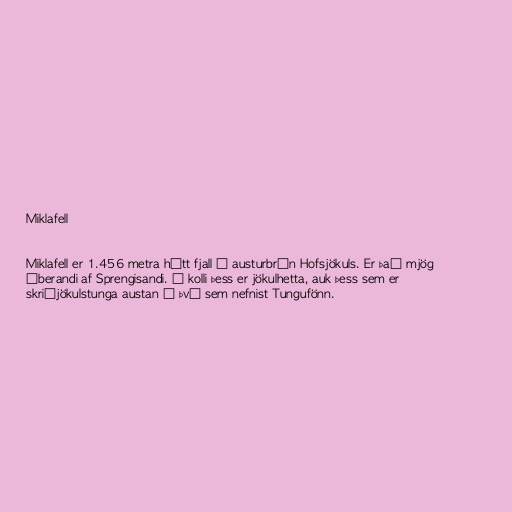
Miklafell

Miklafell er 1.456 metra hátt fjall í austurbrún Hofsjökuls. Er það mjög
áberandi af Sprengisandi. Á kolli þess er jökulhetta, auk þess sem er
skriðjökulstunga austan í því sem nefnist Tungufönn.